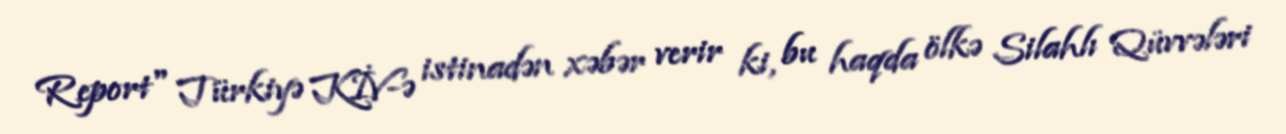
Report" Türkiyə KİV-ə istinadən xəbər verir ki, bu haqda ölkə Silahlı Qüvvələri